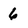
Character: 6